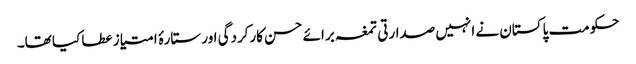
حکومت پاکستان نے انہیں صدارتی تمغہ برائے حسن کارکردگی اور ستارۂ امتیاز عطا کیا تھا۔